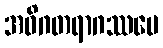
အဝိဂတရာဂဿပေ